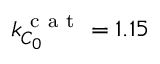
k _ { C _ { 0 } } ^ { \mathrm { ~ c ~ a ~ t ~ } } = 1 . 1 5